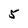
Character: 5